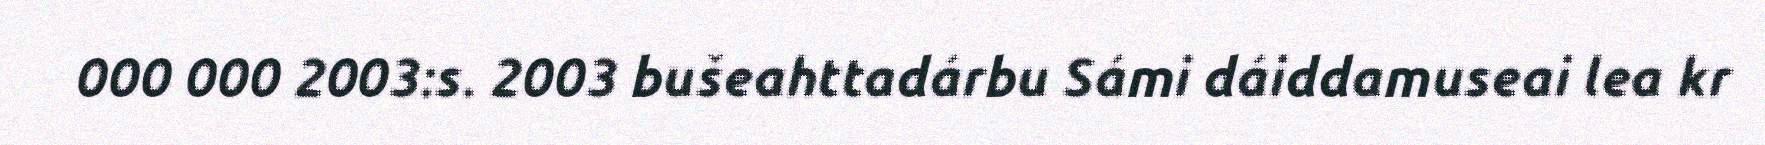
000 000 2003:s. 2003 bušeahttadárbu Sámi dáiddamuseai lea kr